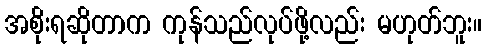
အစိုးရဆိုတာက ကုန်သည်လုပ်ဖို့လည်း မဟုတ်ဘူး။